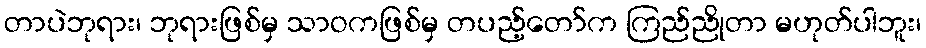
တာပဲဘုရား၊ ဘုရားဖြစ်မှ သာဝကဖြစ်မှ တပည့်တော်က ကြည်ညိုတာ မဟုတ်ပါဘူး၊